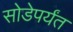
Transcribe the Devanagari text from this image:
सोडेपर्यंत